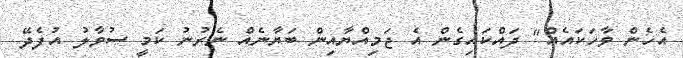
އެހެން ވާހަކައެއް" ދައްކައިގެން އެ ޖަމިއްޔާއިން ބަޔާނެއް ނެރުނު ކަމީ ސުވާލު އުފެދޭ